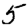
Digit: 5